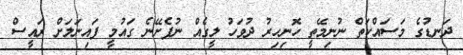
ދަނޑުގެ މަސައްކަތް ނުނިމޭތީ ހޮނިހިރު ދުވަހު ލީގެއް ނުފެށޭނެ ގައުމީ ފައިނަލަށް ރައީސް